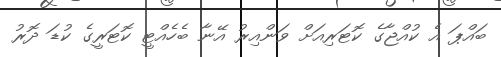
ބައްޕަ އެ ކުއްޖާގެ ކޮޓަރިއަށް ވަންއިރު އޭނާ ބެހެއްޓީ ކޮޓަރީގެ ކުޑަ ދޮރު